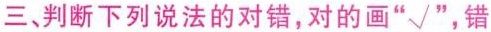
三、判断下列说法的对错，对的画“√”，错